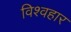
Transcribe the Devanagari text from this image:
विश्वहार